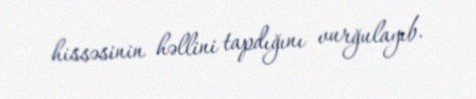
hissəsinin həllini tapdığını vurğulayıb.